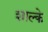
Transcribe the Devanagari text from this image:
शाल्के